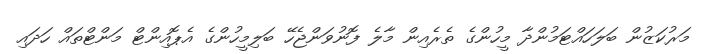
މަރުކަޒުން ބަލަހައްޓަމުންދާ މީހުންގެ ތެރެއިން މާލެ ފޮނުވަންޖެހޭ ބަލިމީހުންގެ އެޕޮއިންޓް މަންޓްތައް ހަދައި